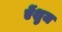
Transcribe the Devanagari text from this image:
ऐंशुज